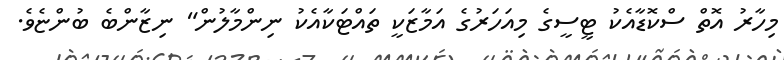
މިހާރު އޮތް ސްކޮޑާއެކު ޓީސީގެ މިއަހަރުގެ އަމާޒަކީ ތައްޓަކާއެކު ނިންމާލުން" ނިޒާންބެ ބުންޏެވެ.